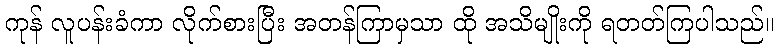
ကုန် လူပန်းခံကာ လိုက်စားပြီး အတန်ကြာမှသာ ထို အသိမျိုးကို ရတတ်ကြပါသည်။